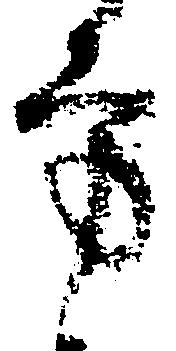
方